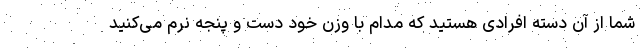
شما از آن دسته افرادی هستید که مدام با وزن خود دست و پنجه نرم می‌کنید